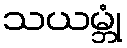
သယမ္ဘုံ